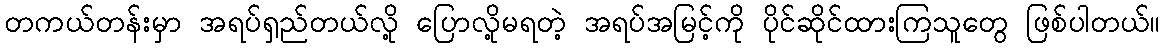
တကယ်တန်းမှာ အရပ်ရှည်တယ်လို့ ပြောလို့မရတဲ့ အရပ်အမြင့်ကို ပိုင်ဆိုင်ထားကြသူတွေ ဖြစ်ပါတယ်။